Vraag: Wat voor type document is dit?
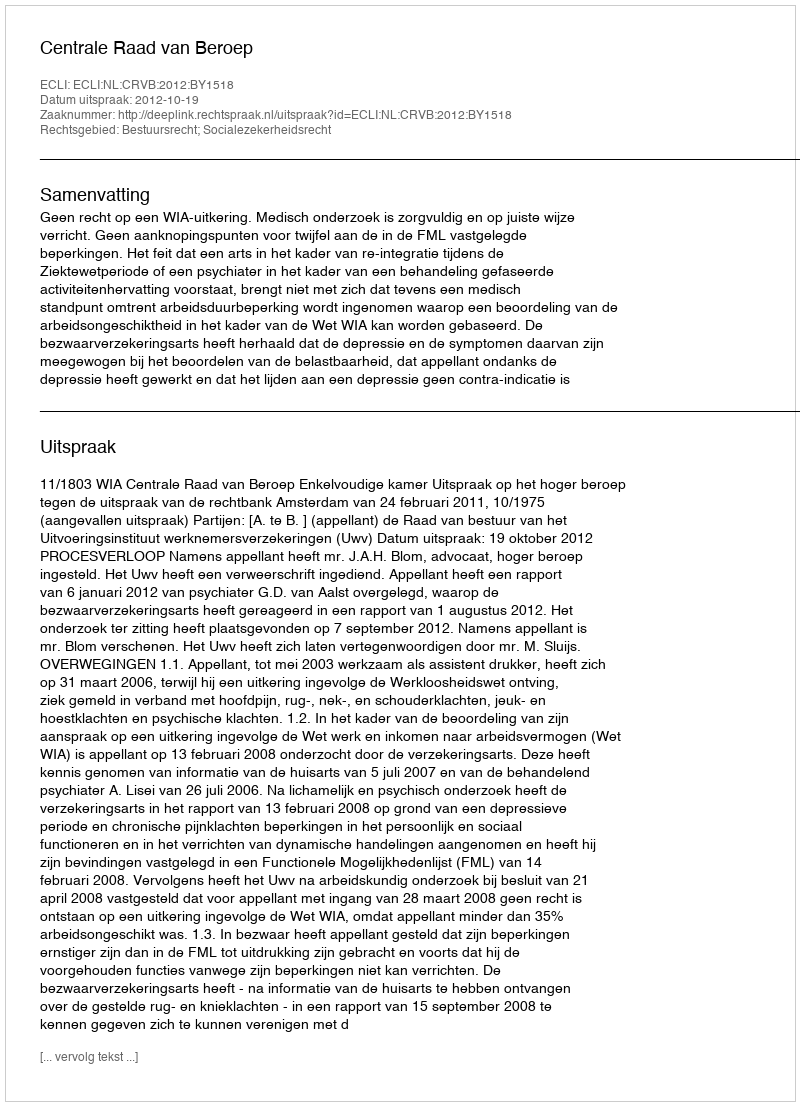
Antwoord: Uitspraak